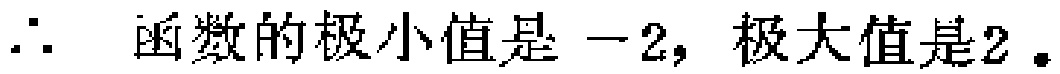
$\therefore$ 函数的极小值是 $-2,$ 极大值是$2.$